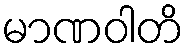
မာဏဝါတိ